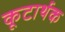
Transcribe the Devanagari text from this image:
कूटार्थक